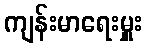
ကျန်းမာရေးမှူး